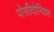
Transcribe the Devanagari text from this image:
पोसीदोनियस